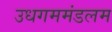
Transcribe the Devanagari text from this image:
उधगममंडलम